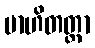
ဗာဟိတတ္တာ